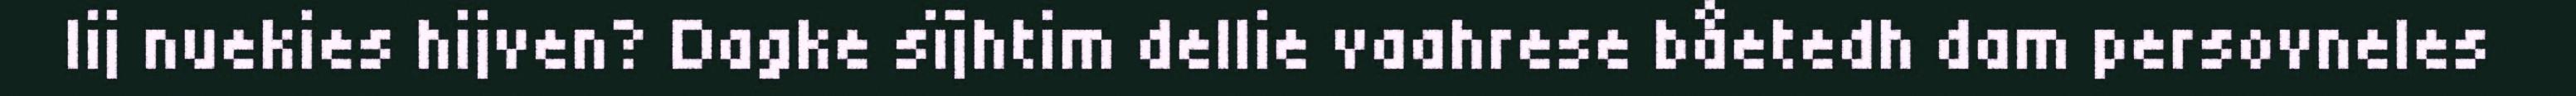
lij nuekies hijven? Dagke sïjhtim dellie vaahrese båetedh dam persovneles